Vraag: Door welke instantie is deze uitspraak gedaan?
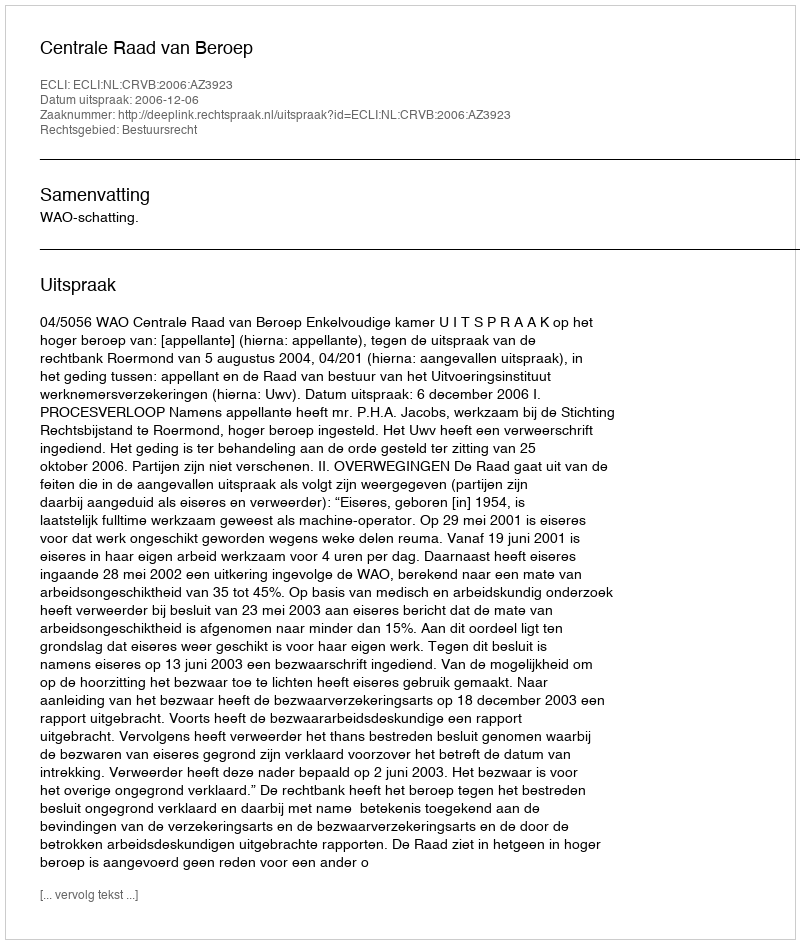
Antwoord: Centrale Raad van Beroep